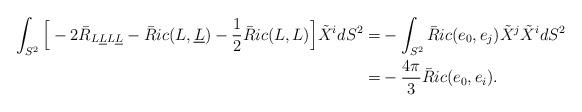
LaTeX: \begin{align*} \int_{S^2} {\Big [} -2\bar R_{L\underline LL\underline L} - \bar Ric(L,\underline L)- \frac{1}{2}\bar Ric(L,L){\Big ]} \tilde X^idS^2=& - \int_{S^2} \bar Ric(e_0,e_j)\tilde {X}^j \tilde {X}^idS^2 \\= & -\frac{4 \pi}{3}\bar Ric(e_0,e_i).\end{align*}